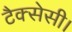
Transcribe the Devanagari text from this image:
टैक्सेसी।